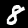
Label: 8